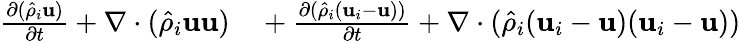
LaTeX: \begin{array}{rl}{\frac{\partial(\hat{\rho}_{i}\textbf{u})}{\partial t}+\nabla\cdot(\hat{\rho}_{i}\textbf{u}\textbf{u})}&{{}+\frac{\partial(\hat{\rho}_{i}(\textbf{u}_{i}-\textbf{u}))}{\partial t}+\nabla\cdot(\hat{\rho}_{i}(\textbf{u}_{i}-\textbf{u})(\textbf{u}_{i}-\textbf{u}))}\end{array}